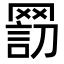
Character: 𦋬